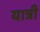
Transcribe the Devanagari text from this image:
यात्री